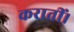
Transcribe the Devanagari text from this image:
करातीं।